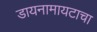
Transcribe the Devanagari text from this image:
डायनामायटाचा